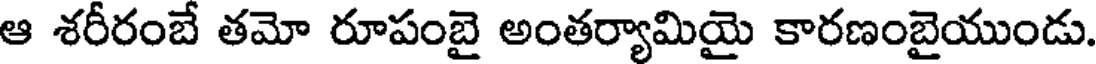
ఆ శరీరంబే తమో రూపంబై అంతర్యామియై కారణంబైయుండు.